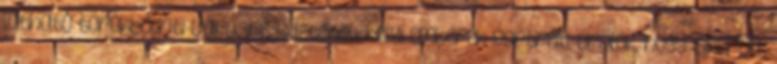
látható törökbálinti városrészleteket, helyi emberek portréit. Örülök, hogy sikerült